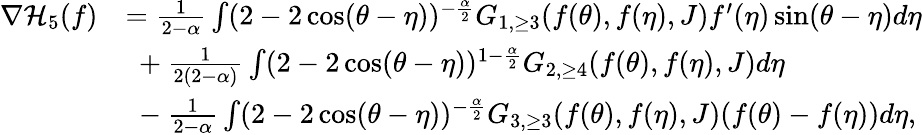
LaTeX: \begin{array}{rl}{\nabla\mathcal{H}_{5}(f)}&{=\frac{1}{2-\alpha}\int(2-2\cos(\theta-\eta))^{-\frac{\alpha}{2}}G_{1,\ge 3}(f(\theta),f(\eta),{J})f^{\prime}(\eta)\sin(\theta-\eta)d\eta}\\ &{\ +\frac{1}{2(2-\alpha)}\int(2-2\cos(\theta-\eta))^{1-\frac{\alpha}{2}}G_{2,\ge 4}(f(\theta),f(\eta),{J})d\eta}\\ &{\ -\frac{1}{2-\alpha}\int(2-2\cos(\theta-\eta))^{-\frac{\alpha}{2}}G_{3,\ge 3}(f(\theta),f(\eta),{J})(f(\theta)-f(\eta))d\eta,}\end{array}